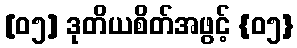
[၀၅] ဒုတိယစိတ်အဖွင့် {၀၅}